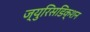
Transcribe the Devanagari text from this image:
ज्युरिसडिक्शन